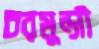
চরমুন্সী